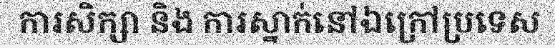
ការសិក្សា និង ការស្នាក់នៅឯក្រៅប្រទេស